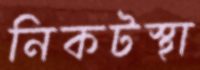
নিকটস্থা